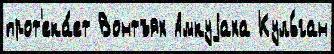
прот'ека́ет Вонтъях Амкуjаха Куль́ган